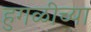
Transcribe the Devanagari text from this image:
हुगळीच्या